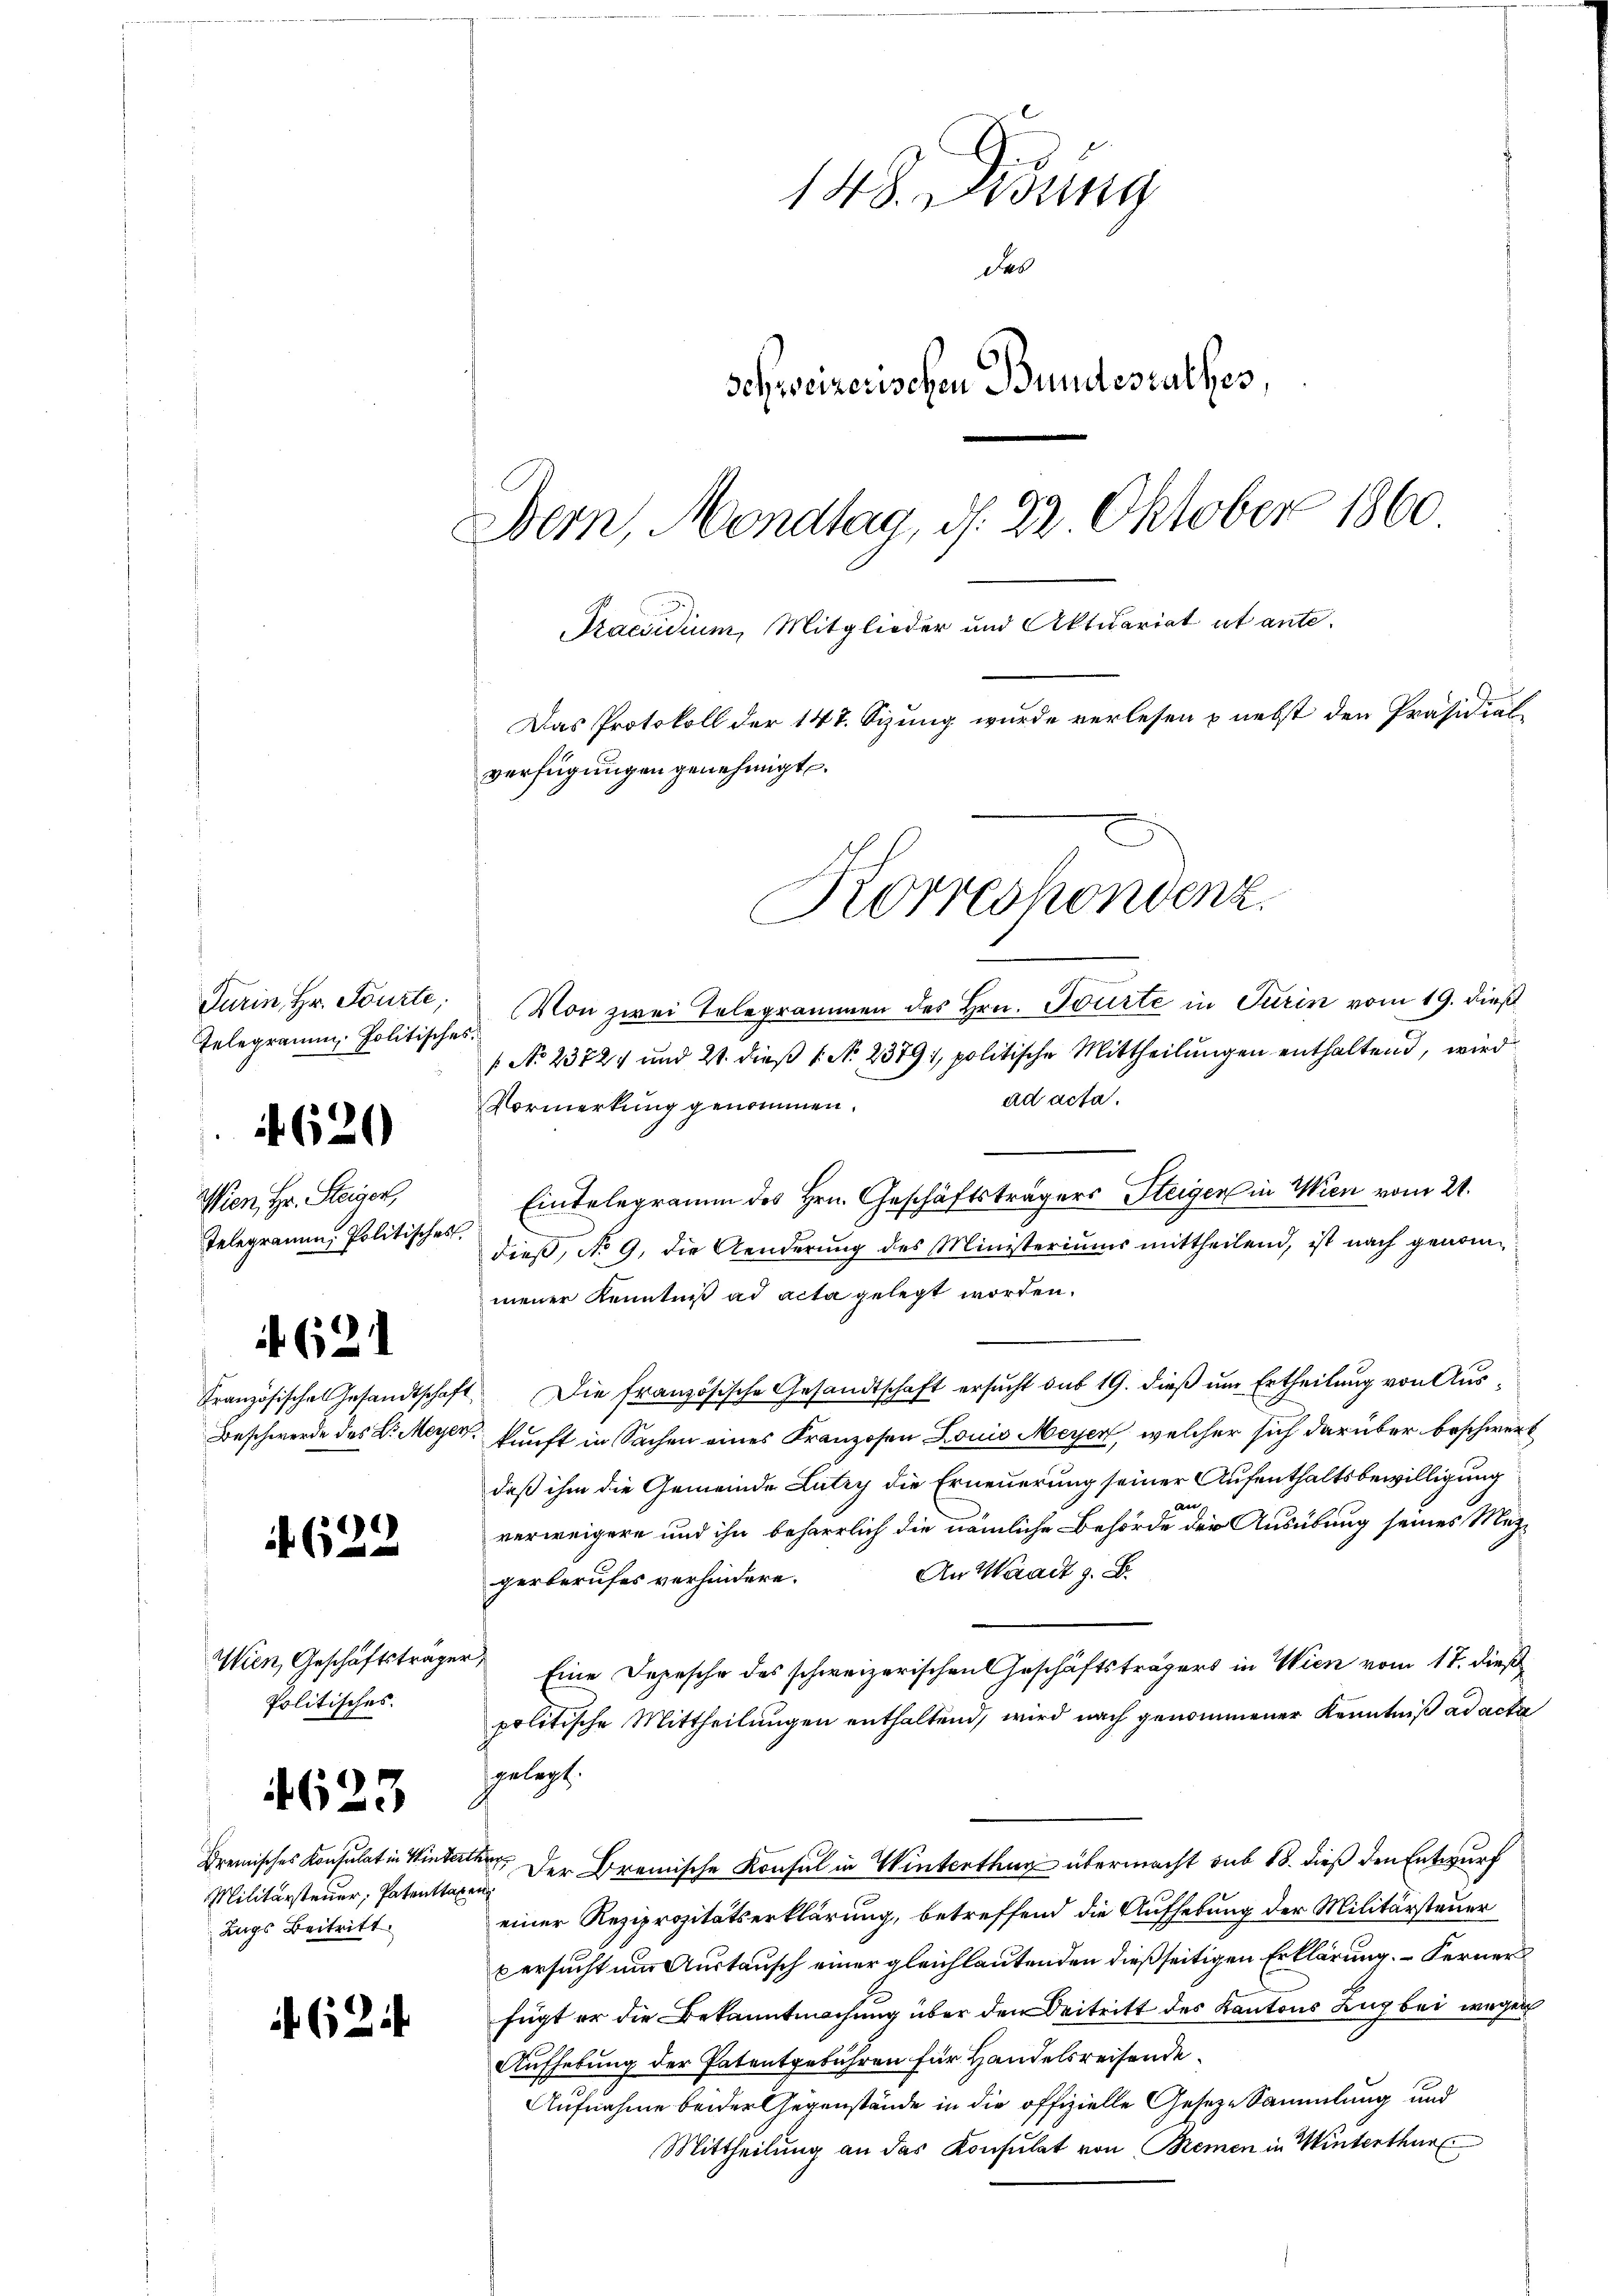
Turin, Hr. Fourte,
Telegramm Politisches.

if 620

Wien, Hr. Steiger
Telegramm, Politisches

621

622

Politisches.

4623

Militärsteuer, Patentsagen
Zugs Beitritt.

624

148. Fidung
des
schweizerischen Bundesrathes
Bern, Mondtag, d. 22 Oktober 1860
Praesidium, Mitglieder und Aktuariat ut ante¬
Das Protokoll der 147. Sizung wurde verlesen & nebst den Präsidial-
verfügungen genehmigt.
Korrespondenz

Von zwei Telegrammen des Hrn. Tourte in Turin vom 19. dieß
 No 23721 und 21. dieß (N. 23791, politische Mittheilungen enthaltend, wird
ad acta.
Vormerkung genommen.
Eintelegramm des Hrn. Geschäftsträgers Steigen in Wien vom 21.
1
dieß, No 9. die Aenderung des Ministeriums mittheilend, ist nach genommener Kenntniß ad acta gelegt worden.
Französische Gesandtschaft. Die französische Gesandtschaft ersucht du 19. dieß um Ertheilung von Aus¬
Beschwerde des L. Meyer, kunft in Sachen eines Franzosen Louis Meyen, welcher sich darüber beschwert
daß ihm die Gemeinde Lutry die Erneuerung seiner Aufenthaltsbewilligung
aer
verweigern und ihn beharrlich die nämliche Behörde der Ausübung seines Mez¬
An Waadt z. B.
gerberufes verhindere.
Wien, Geschäftsträger Eine Depesche des schweizerischen Geschäftsträgers in Wien vom 17. dieß
politische Mittheilungen enthaltend, wird nach genommener Kenntniß ad acta
hgelegt.
Bremisches Konsulat in Winterth der Bremische Konsul in Winterthur übermacht sub 18. dieß den Entwurf
einer Reziprozitätserklärung, betreffend die Aufhebung der Militärsteuer
versucht um Austausch einer gleichlautenden dießseitigen Erklärung. – Ferner
fügt er die Bekanntmachung über den Beitritt des Kantons Zug bei wegen
Aufhebung der Patentgebühren für Handelsreisende
Aufnahme beider Gegenstände in die offizielle Geseze Sammlung und
Mittheilung an das Konsulat von Bremen in Winterthur